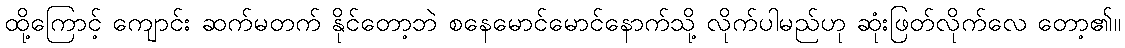
ထို့ကြောင့် ကျောင်း ဆက်မတက် နိုင်တော့ဘဲ စနေမောင်မောင်နောက်သို့ လိုက်ပါမည်ဟု ဆုံးဖြတ်လိုက်လေ တော့၏။